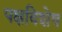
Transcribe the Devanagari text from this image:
पक्षविशेष